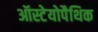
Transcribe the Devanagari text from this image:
ऑस्टेयोपैथिक